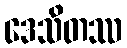
ဒေသိတဿ